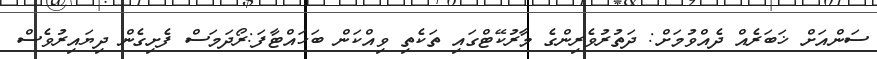
ސަންއަށް ޚަބަރެއް ދެއްވުމަށް: ދަތުރުވެރިންގެ މާރުކޭޓްގައި ތަކެތި ވިއްކަން ބަހައްޓާފަ:ރޯދަމަސް ފެށިގެން ދިޔައިރުވެސް